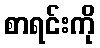
စာရင်းကို